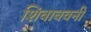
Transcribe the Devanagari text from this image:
शिवाबवनी